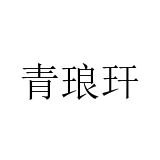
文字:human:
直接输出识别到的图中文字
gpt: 青琅玕